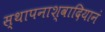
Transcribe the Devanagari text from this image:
स्थापनाश्वादियानं